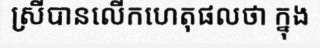
ស្រីបានលើកហេតុផលថា ក្នុង